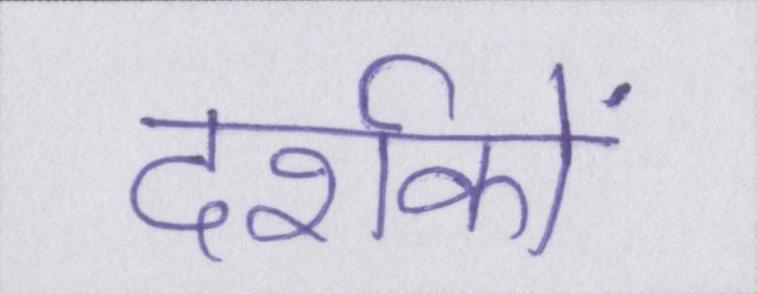
दर्शकों